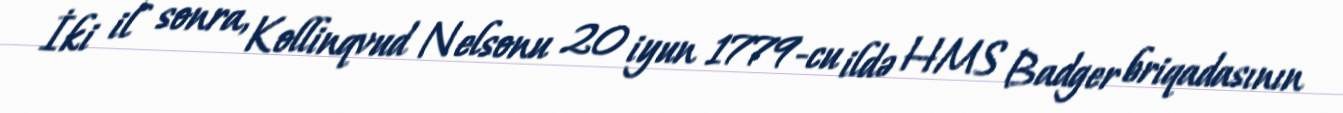
İki il sonra, Kollinqvud Nelsonu 20 iyun 1779-cu ildə HMS Badger briqadasının